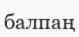
балпаң